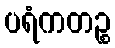
ပရံကတဉ္စ